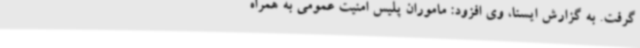
گرفت. به گزارش ایسنا، وی افزود: ماموران پلیس امنیت عمومی به همراه